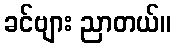
ခင်ဗျား ညာတယ်။